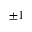
\pm 1